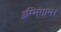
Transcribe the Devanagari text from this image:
इंम्मिंगाम।